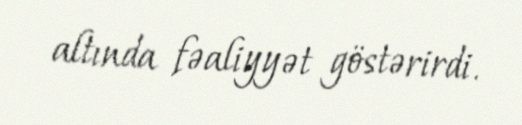
altında fəaliyyət göstərirdi.